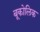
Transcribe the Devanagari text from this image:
बूकोलिक